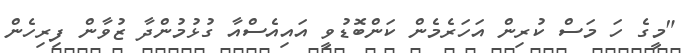
"މީގެ ހަ މަސް ކުރިން އަަހަރެމެން ކަންބޮޑުވީ އަައިއެސްއާ ގުޅުމުންދާ ޒުވާން ފިރިހެން